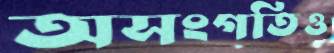
অসংগতিও